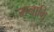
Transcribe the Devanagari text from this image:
मनाभि